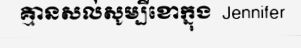
គ្មានសល់សូម្បីខោក្នុង  Jennifer